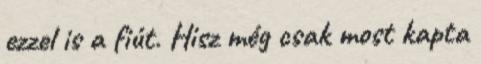
ezzel is a fiút. Hisz még csak most kapta